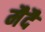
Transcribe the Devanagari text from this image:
मैदै